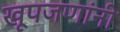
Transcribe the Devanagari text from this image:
खूपजणांनी